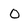
Character: O